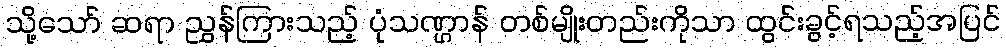
သို့သော် ဆရာ ညွှန်ကြားသည့် ပုံသဏ္ဌာန် တစ်မျိုးတည်းကိုသာ ထွင်းခွင့်ရသည့်အပြင်